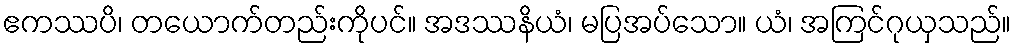
ဧကဿပိ၊ တယောက်တည်းကိုပင်။ အဒဿနိယံ၊ မပြအပ်သော။ ယံ၊ အကြင်ဂုယှသည်။